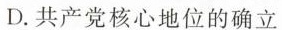
D.共产党核心地位的确立